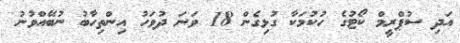
އަދި ސުޕްރީމް ކޯޓުގެ ހުކުމަކާ ގުޅިގެން 18 ވަނަ ދުވަހު އިންތިހާބު ނުބޭއްވުނު